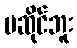
မဆိုင်ဘူး